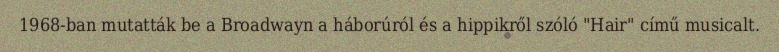
1968-ban mutatták be a Broadwayn a háborúról és a hippikről szóló "Hair" című musicalt.